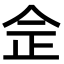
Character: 佱